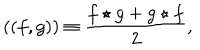
LaTeX: ( ( f , g ) ) \equiv { \frac { f \star g + g \star f } { 2 } } ,